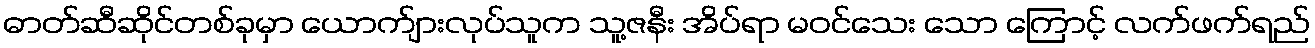
ဓာတ်ဆီဆိုင်တစ်ခုမှာ ယောက်ျားလုပ်သူက သူ့ဇနီး အိပ်ရာ မဝင်သေး သော ကြောင့် လက်ဖက်ရည်